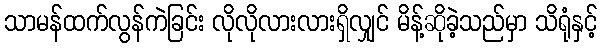
သာမန်ထက်လွန်ကဲခြင်း လိုလိုလားလားရှိလျှင် မိန့်ဆိုခဲ့သည်မှာ သိရုံနှင့်